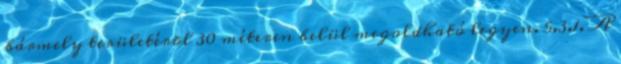
bármely területérõl 30 méteren belül megoldható legyen. 5.3.1. A